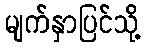
မျက်နှာပြင်သို့